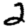
Digit: 2